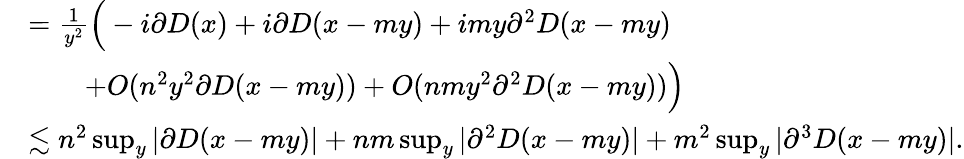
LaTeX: \begin{array}{rl}&{=\frac{1}{y^{2}}\Big(-i\partial D(x)+i\partial D(x-my)+imy\partial^{2}D(x-my)}\\ &{\qquad+O(n^{2}y^{2}\partial D(x-my))+O(nmy^{2}\partial^{2}D(x-my))\Big)}\\ &{\lesssim n^{2}\operatorname*{sup}_{y}|\partial D(x-my)|+nm\operatorname*{sup}_{y}|\partial^{2}D(x-my)|+m^{2}\operatorname*{sup}_{y}|\partial^{3}D(x-my)|.}\end{array}